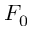
F _ { 0 }